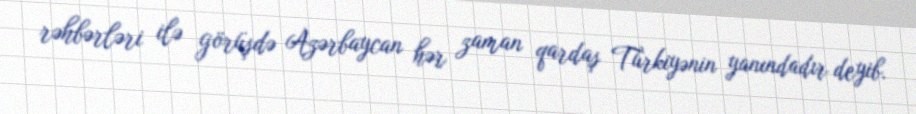
rəhbərləri ilə görüşdə Azərbaycan hər zaman qardaş Türkiyənin yanındadır deyib.